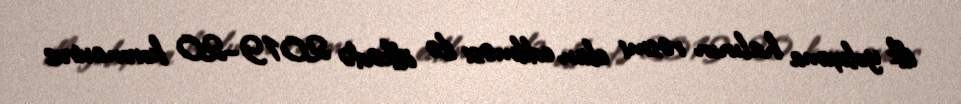
ilk yoluxma halının rəsmi elan edilməsi ilə ölkədə 2019–20 koronavirus